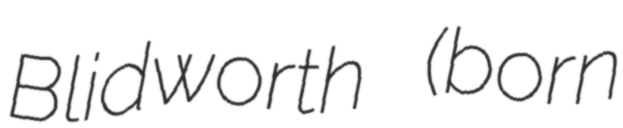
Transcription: Blidworth (born